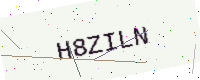
Text: H8ZILN